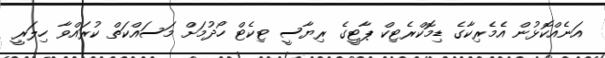
އަނެއްކޮޅުން އެމެރިކާގެ ޑިމޮކްރެޓިކް ޕާޓީގެ ރިޔާސީ ޓިކެޓް ހޯދުމަށް މަސައްކަތް ކުރައްވާ ހިލަރީ